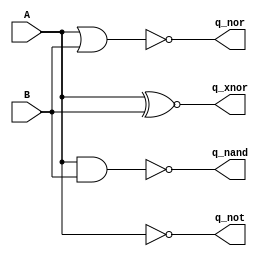
// This program was cloned from: https://github.com/steveicarus/ivtest
// License: GNU General Public License v2.0


module test_logic(input A, B, output reg q_nand, q_nor, q_xnor, q_not);

   always @(A, B) begin
      q_nand = A ~& B;
      q_nor  = A ~| B;
      q_xnor = A ~^ B;
      q_not  = ~A;
   end

endmodule // test_logic